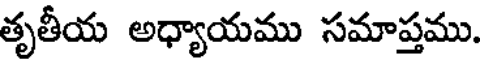
తృతీయ అధ్యాయము సమాప్తము.